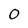
Character: 0